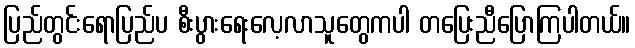
ပြည်တွင်းရောပြည်ပ စီးပွားရေးလေ့လာသူတွေကပါ တပြေးညီပြောကြပါတယ်။